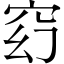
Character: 𥥆